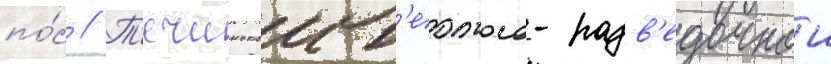
по́с // Т'ечинскои г'еолого-разв'едочнои